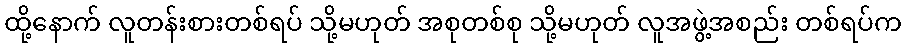
ထို့နောက် လူတန်းစားတစ်ရပ် သို့မဟုတ် အစုတစ်စု သို့မဟုတ် လူအဖွဲ့အစည်း တစ်ရပ်က